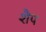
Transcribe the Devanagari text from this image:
शैप